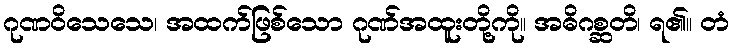
ဂုဏဝိသေသေ၊ အထက်ဖြစ်သော ဂုဏ်အထူးတို့ကို။ အဓိဂစ္ဆတိ၊ ရ၏။ တံ